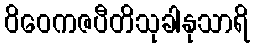
ဝိဝေကဇပီတိသုခါနုသာရိ